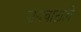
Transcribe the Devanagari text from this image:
पायवाटाही